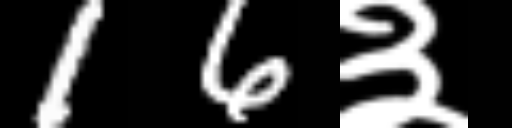
Text: 16३